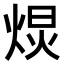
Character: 𭴽